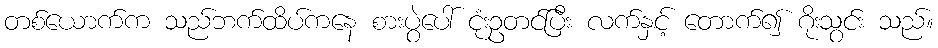
တစ်ယောက်က သည်ဘက်ထိပ်ကနေ စားပွဲပေါ် ငုံးဥတင်ပြီး လက်နှင့် တောက်၍ ဂိုးသွင်း သည်။